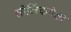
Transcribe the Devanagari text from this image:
सीलिंकपेक्षा